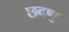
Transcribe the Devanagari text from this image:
छदणु